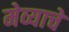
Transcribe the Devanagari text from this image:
मेव्याचे